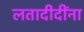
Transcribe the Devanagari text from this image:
लतादीदींना